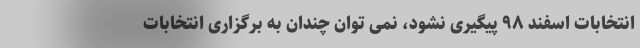
انتخابات اسفند ۹۸ پیگیری نشود، نمی توان چندان به برگزاری انتخابات